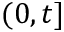
( 0 , t ]